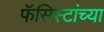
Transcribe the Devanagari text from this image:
फॅसिस्टांच्या